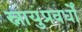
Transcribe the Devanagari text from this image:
स्नायुप्रवर्धों